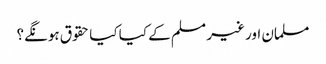
مسلمان اور غیر مسلم کے کیا کیا حقوق ہونگے؟